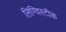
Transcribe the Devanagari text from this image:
लिंग्विस्टीक